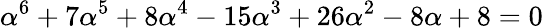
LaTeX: \alpha^{6}+7\alpha^{5}+8\alpha^{4}-15\alpha^{3}+26\alpha^{2}-8\alpha+8=0